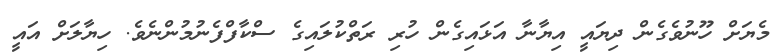
މެޔަށް ހޫނުވެގެން ދިޔައީ އިޔާނާ އަޅައިގެން ހުރި ރަތްކުލައިގެ ސްކާފްފެނުމުންނެވެ. ހިޔާލަށް އައީ